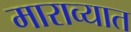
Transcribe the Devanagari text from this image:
माराव्यात